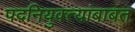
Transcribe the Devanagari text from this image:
पदनियुक्त्यांबाबत